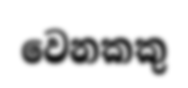
වෙනකකු